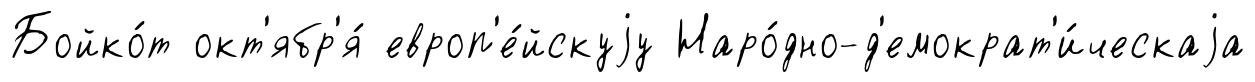
Бойко́т окт'ябр'я́ европ'е́йскуjу Наро́дно-д'емократ'и́ческаjа